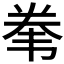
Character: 𱂇